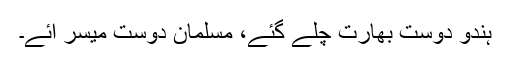
ہندو دوست بھارت چلے گئے، مسلمان دوست میسر آئے۔